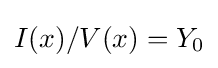
I(x)/V(x)=Y_{0}